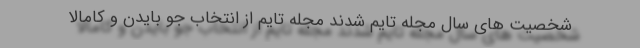
شخصیت های سال مجله تایم شدند مجله تایم از انتخاب جو بایدن و کامالا